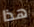
هذا